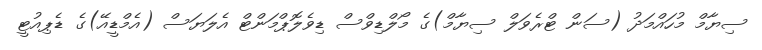
ސިޔާމް މުހައްމަދު (ސަން ޓްރެވަލް ސިޔާމް)ގެ މޯލްޑިވްސް ޑިވެލޮޕްމަންޓް އެލަޔަސް (އެމްޑީއޭ)ގެ ޑެޕިއުޓީ